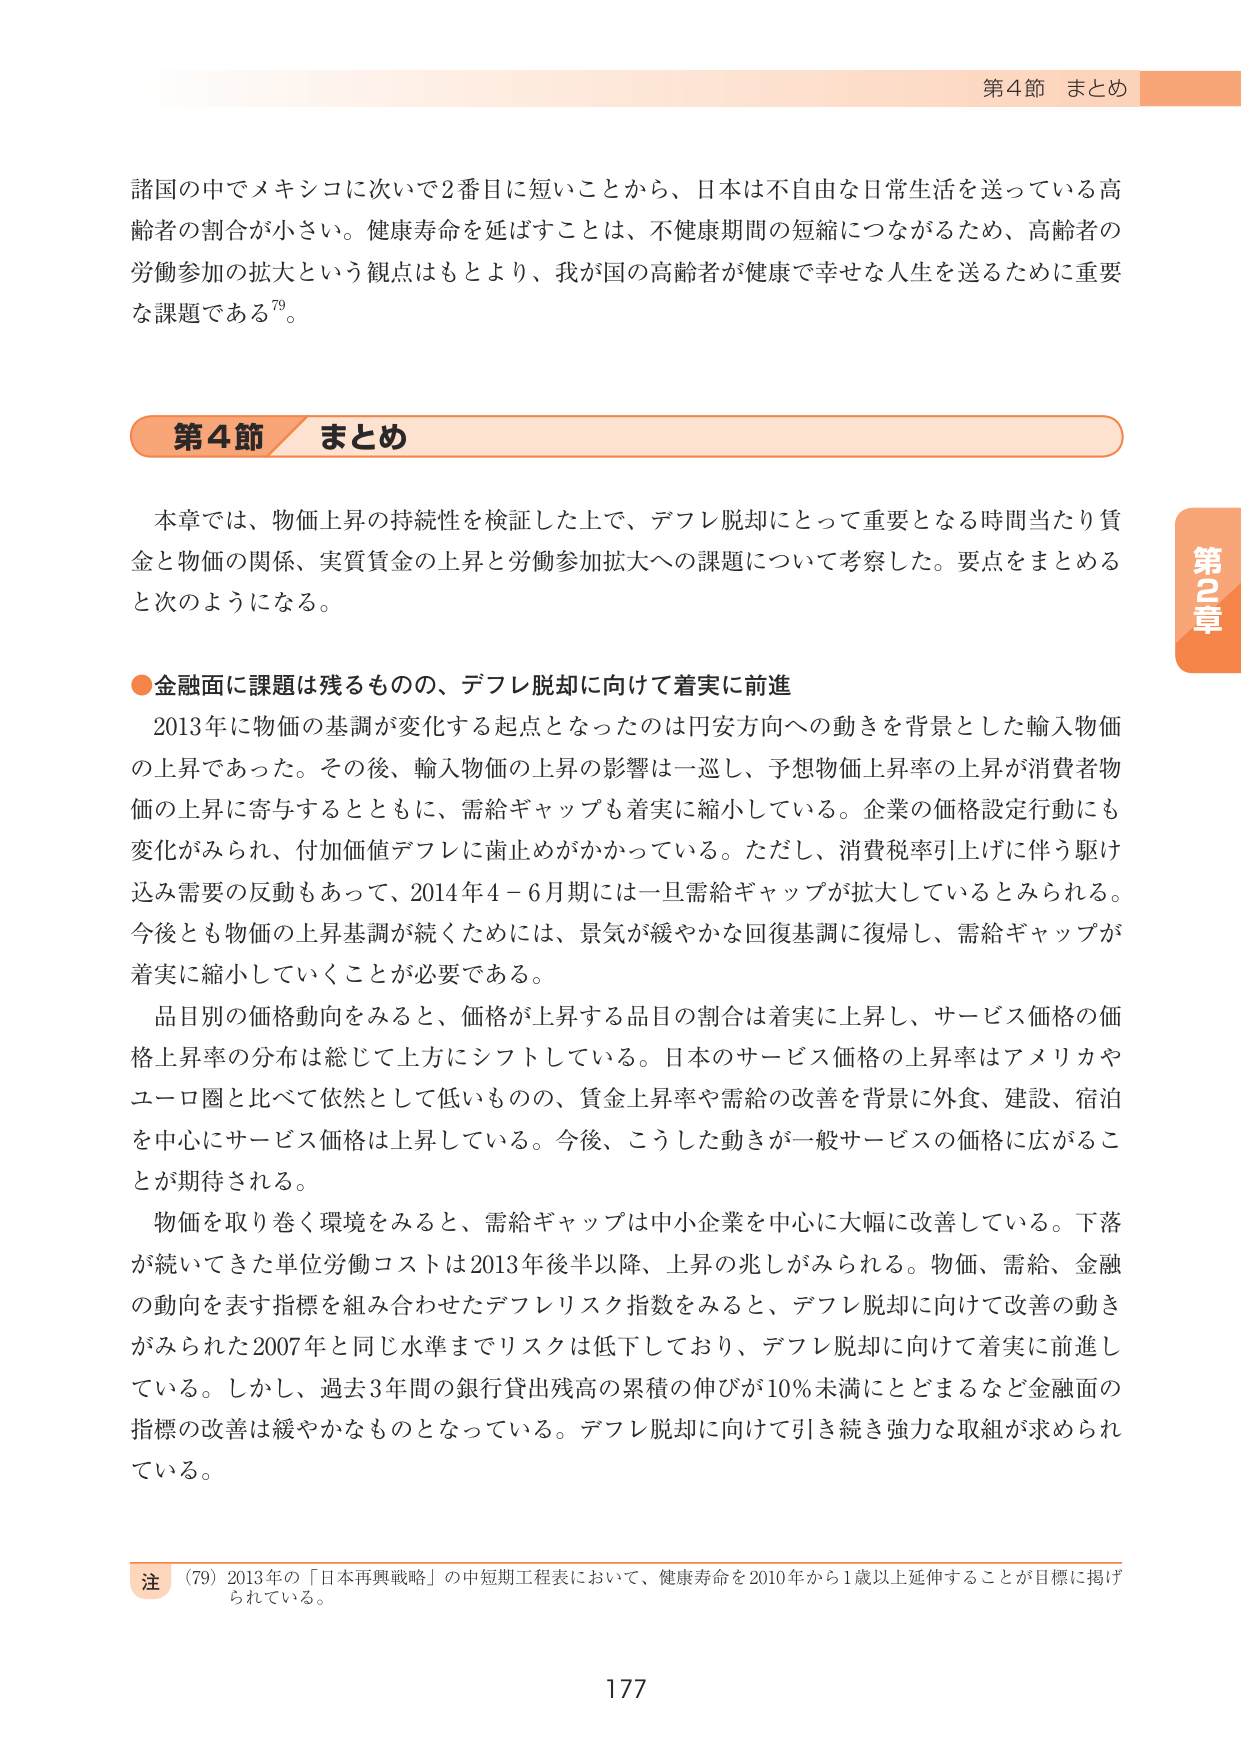
第4節 まとめ

諸国の中でメキシコに次いで2番目に短いことから、日本は不自由な日常生活を送っている高齢者の割合が小さい。健康寿命を延ばすことは、不健康期間の短縮につながるため、高齢者の労働参加の拡大という観点はもとより、我が国の高齢者が健康で幸せな人生を送るために重要な課題である79。

第4節 まとめ

本章では、物価上昇の持続性を検証した上で、デフレ脱却にとって重要となる時間当たり賃金と物価の関係、実質賃金の上昇と労働参加拡大への課題について考察した。要点をまとめる と次のようになる。

●金融面に課題は残るものの、デフレ脱却に向けて着実に前進

2013年に物価の基調が変化する起点となったのは円安方向への動きを背景とした輸入物価の上昇であった。その後、輸入物価の上昇の影響は一巡し、予想物価上昇率の上昇が消費者物価の上昇に寄与するとともに、需給ギャップも着実に縮小している。企業の価格設定行動にも変化がみられ、付加価値デフレに歯止めがかかっている。ただし、消費税率引上げに伴う駆け込み需要の反動もあって、2014年4－6月期には一旦需給ギャップが拡大しているとみられる。今後とも物価の上昇基調が続くためには、景気が緩やかな回復基調に復帰し、需給ギャップが着実に縮小していくことが必要である。

品目別の価格動向をみると、価格が上昇する品目の割合は着実に上昇し、サービス価格の価格上昇率の分布は総じて上方にシフトしている。日本のサービス価格の上昇率はアメリカやユーロ圏と比べて依然として低いものの、賃金上昇率や需給の改善を背景に外食、建設、宿泊を中心にサービス価格は上昇している。今後、こうした動きが一般サービスの価格に広がることが期待される。

物価を取り巻く環境をみると、需給ギャップは中小企業を中心に大幅に改善している。下落が続いてきた単位労働コストは2013年後半以降、上昇の兆しがみられる。物価、需給、金融の動向を表す指標を組み合わせたデフレリスク指数をみると、デフレ脱却に向けて改善の動きがみられた2007年と同じ水準までリスクは低下しており、デフレ脱却に向けて着実に前進している。しかし、過去3年間の銀行貸出残高の累積の伸びが10％未満にとどまるなど金融面の指標の改善は緩やかなものとなっている。デフレ脱却に向けて引き続き強力な取組が求められている。

注 （79）2013年の「日本再興戦略」の中短期工程表において、健康寿命を2010年から1歳以上延伸することが目標に掲げられている。

177

第2章